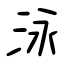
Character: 泳